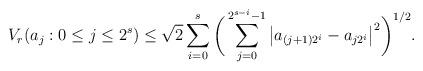
LaTeX: \begin{align*}V_r(a_j : 0 \leq j \leq 2^s) \leq \sqrt{2} \sum_{i = 0}^s \bigg(\sum_{j = 0}^{2^{s-i}-1} \big|a_{(j+1)2^i} - a_{j2^i}\big|^2\bigg)^{1/2}.\end{align*}